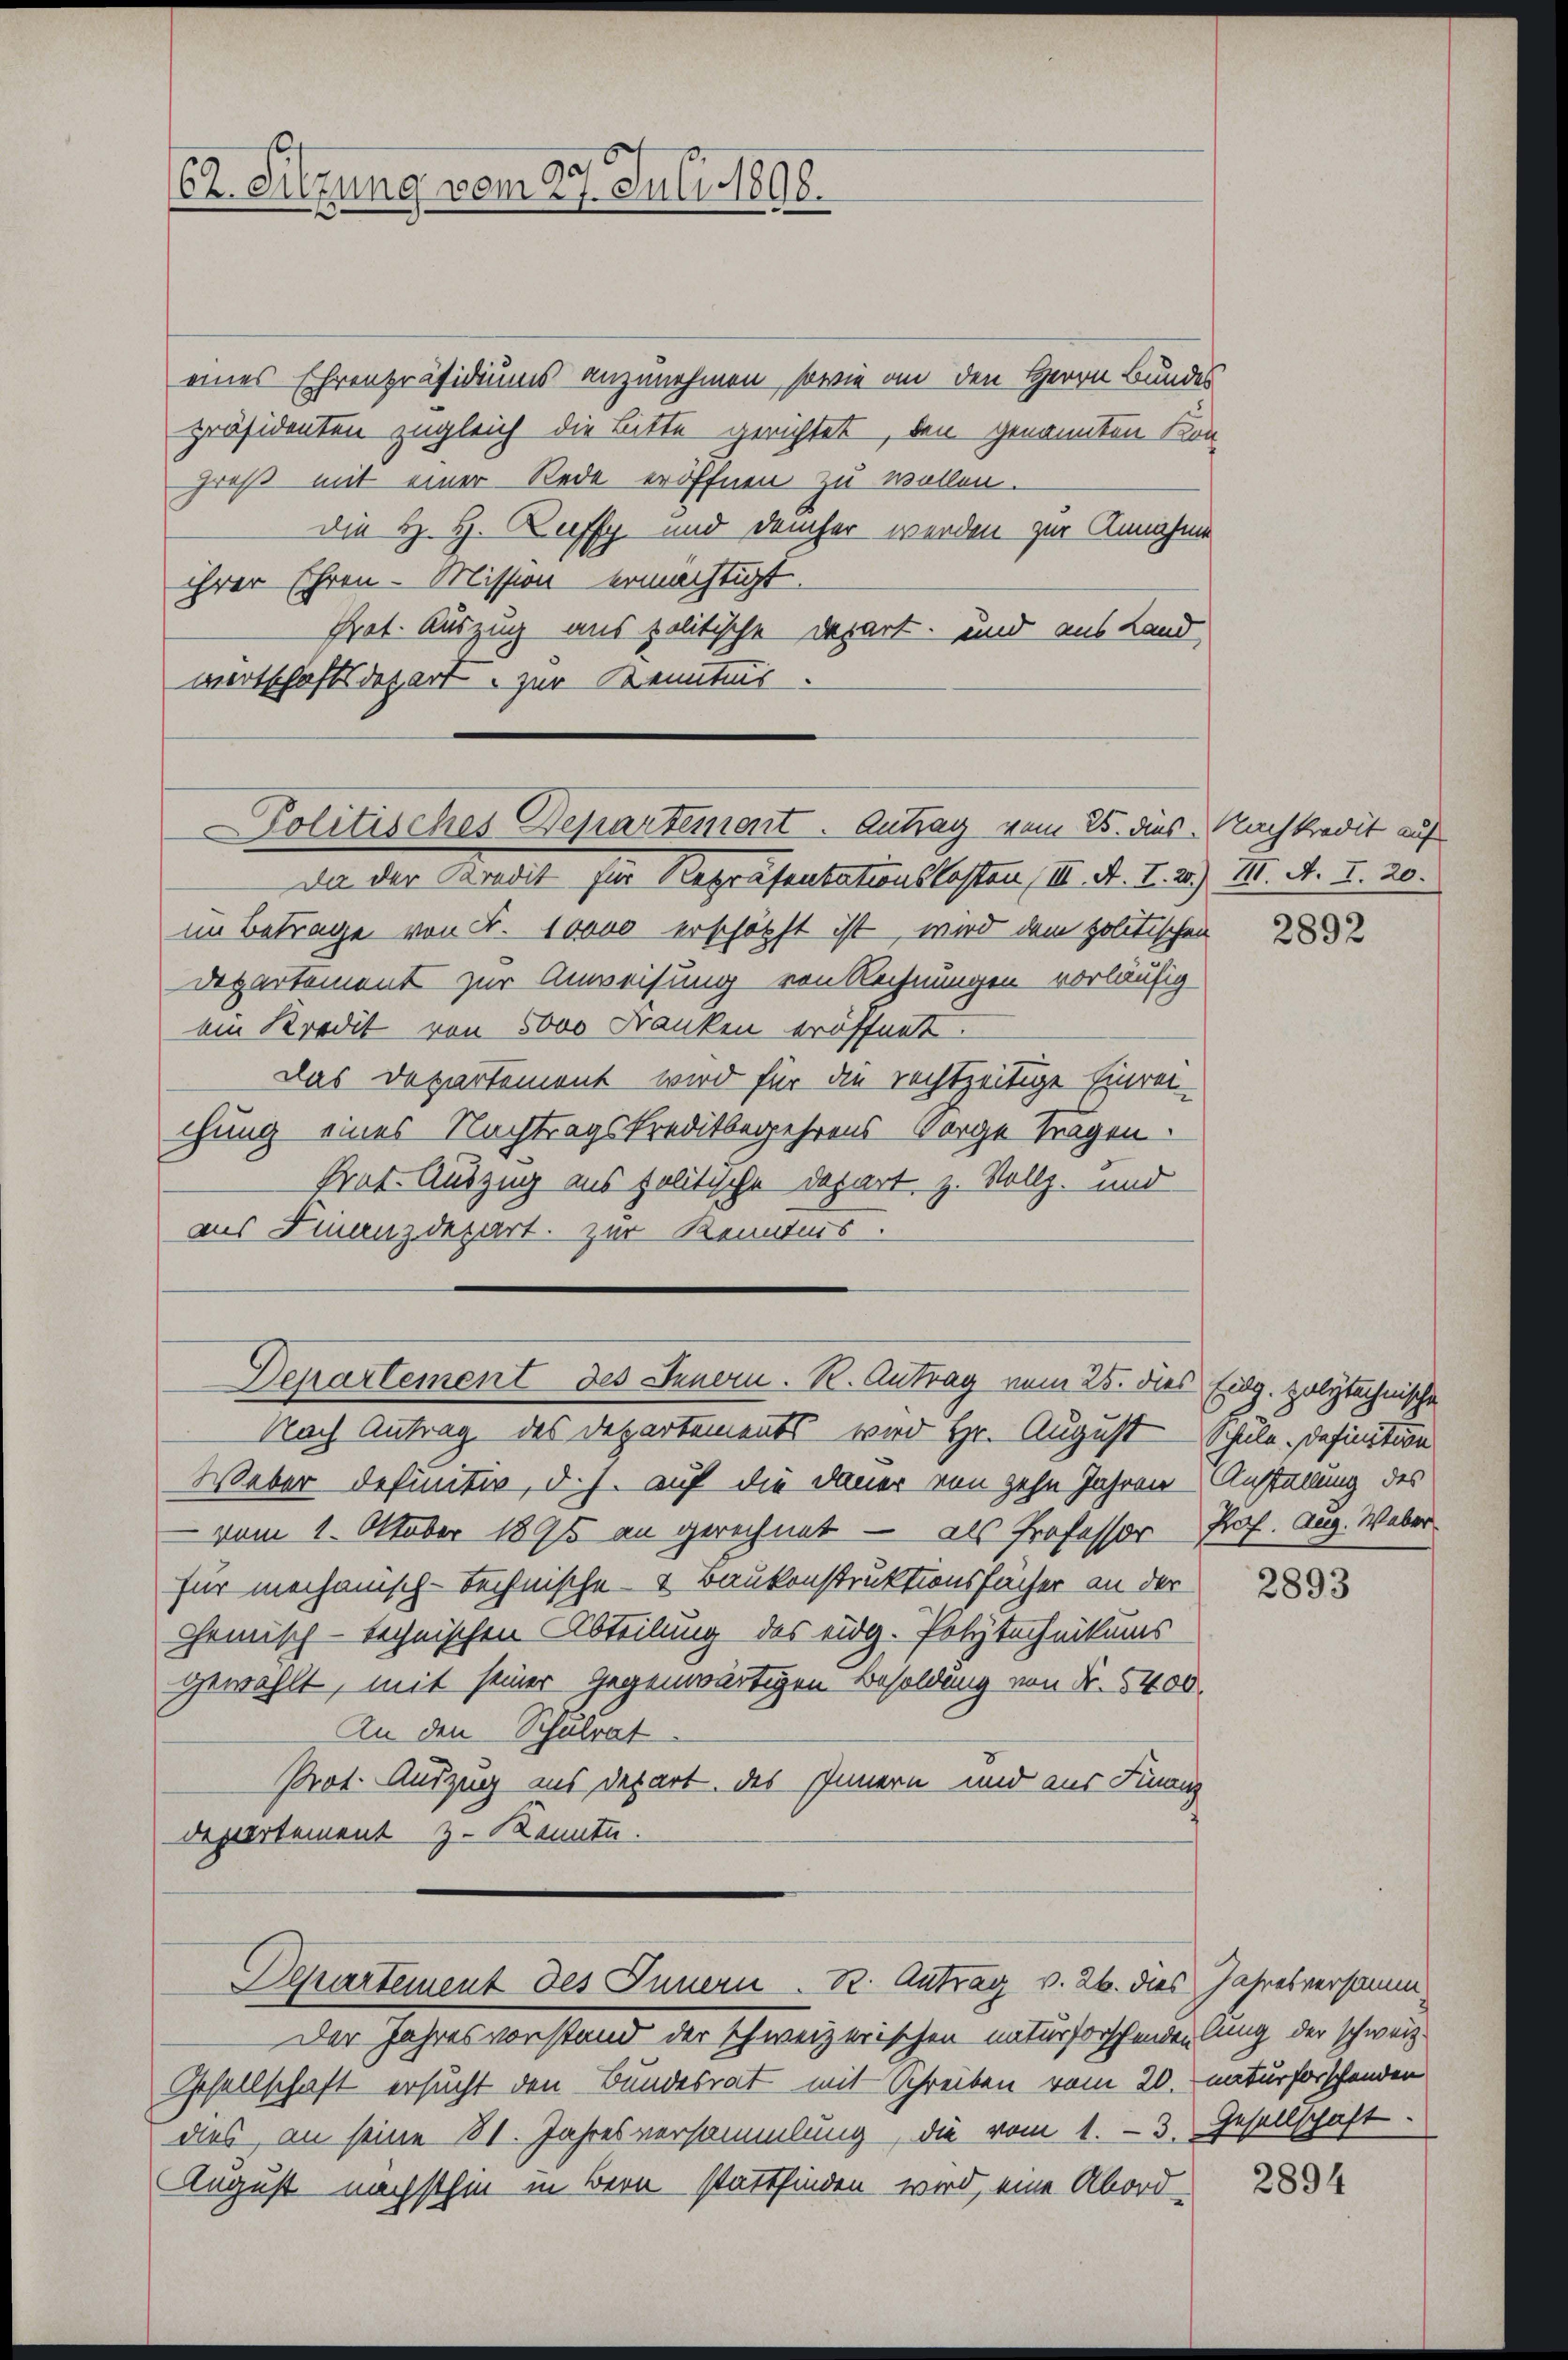
62. Sitzung vom 27. Juli 1898.

eines Ehrenpräsidiums anzunehmen, sowie an den Herrn Bundes
präsidenten zugleich die Bitte gerichtet, den genannten Kongroß mit einer Rede eröffnen zu wollen.
die H. H. Ruffy und Domher werden zur Annahme
ihrer Ehren - Mission ermächtigt.
Prot. Auszug aus politische Depart und aus Land,
wertschaftsdepart. zur Kenntnis.
Da der Kredit für Repräsentationskosten, III. A. T. 2.) M. A. I. 20.
im Betrage von Fr. 10000 erschöpft ist, wird dem politischen
Departement zur Anweisung von Rechnungen vorläufig
ein Kredit von 5000 Franken eröffnet.
Das Departement wird für die rechtzeitige Einreichung eines Nachtragskreditbegehrens Sorge tragen.
Prat. Auszug aus politische Depart, z. Vollz. und
as Finanzdepart. Zur Kenntnis.
Departement des Innern. R. Antrag vom 25. dies Eidg. polytechnische
Nach Antrag des Departements wird Hr. August Schule. Definition
Weber definitiv, d. h. auf die Dauer von zehn Jahren Anstallung des
vom 1. Oktober 1895 an gerechnet — als Professor Prof. Aug. Weber
für mechanisch-technische & Baukonstruktionsfächer an der
Chemisch-technischen Abteilung des eidg. Polytechnikums
gewählt, mit seiner Gegenwärtigen Besoldung von Nr. 5400.
An den Schulrat
Prot. Auszug ins Depart. des Innern und aus Finanz
Departement z. Kenntn

olitisches Departement. Antrag vom 25. dies Nachkredit auf

Separtement des Innern. K. Antrag v. 26. dies Jahresversamm

Der Jahresvorstand der schweizerischen naturforschenden lung der schweiz.
Gesellschaft ersucht den Bundesrat mit Schreiben vom 20. naturforschenden
des, an seine 81. Jahresversammlung, die vom 1. 3. Gesellschaft.
August nächsthin in Bern stattfinden wird, eine Abord-

2892

2893

2894